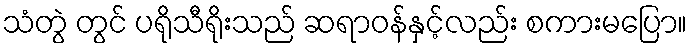
သံတွဲ တွင် ပရိုသီရိုးသည် ဆရာဝန်နှင့်လည်း စကားမပြော။